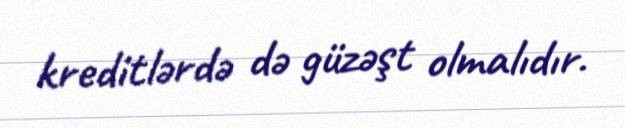
kreditlərdə də güzəşt olmalıdır.